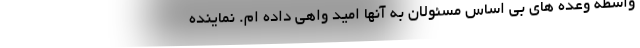
واسطه وعده های بی اساس مسئولان به آنها امید واهی داده ام. نماینده